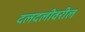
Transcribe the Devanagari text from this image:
दलदलीवरील